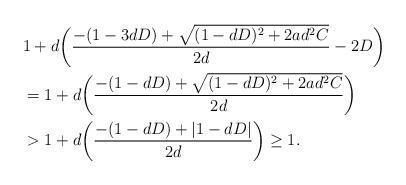
LaTeX: \begin{align*}& 1 + d\bigg(\frac{-(1 - 3 d D) + \sqrt{(1 - d D )^{2} + 2 a d^{2} C}}{2 d} - 2 D \bigg) \\& = 1 + d\bigg(\frac{-(1 - d D) + \sqrt{(1 - d D )^{2} + 2 a d^{2} C}}{2 d} \bigg) \\& > 1 + d\bigg(\frac{-(1 - d D) + | 1 - d D | }{2 d} \bigg) \geq 1.\end{align*}